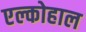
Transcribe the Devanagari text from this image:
एल्कोहाल